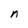
Character: n